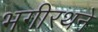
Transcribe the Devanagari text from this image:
भगीरथने